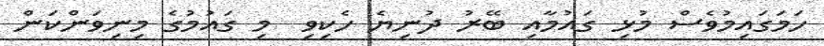
ހަމަގައިމުވެސް މުޅި ގައުމާއި ބޭރު ދުނިޔެ ހެކިވި  މި ގައުމުގެ މިނިވަންކަން